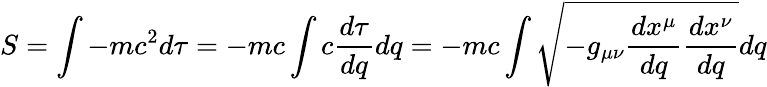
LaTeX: S=\int{-mc^{2}d\tau}=-mc\int{c{\frac{d\tau}{dq}}dq}=-mc\int{{\sqrt{-g_{\mu\nu}{\frac{dx^{\mu}}{dq}}{\frac{dx^{\nu}}{dq}}}}dq}